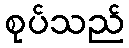
စုပ်သည်